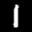
Label: 1